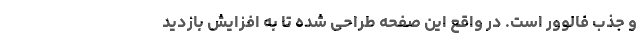
و جذب فالوور است. در واقع این صفحه طراحی شده تا به افزایش بازدید